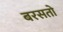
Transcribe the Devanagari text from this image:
बरसतो